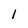
Character: 1